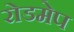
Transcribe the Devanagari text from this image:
रोडमेप